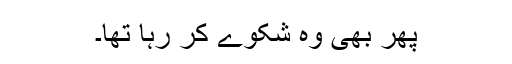
پھر بھی وہ شکوے کر رہا تھا۔